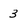
Character: 3